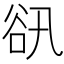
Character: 𧮬